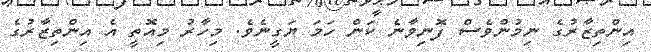
އިންތިޒާރުގެ ނިމުންވެސް ފޮނިވާނެ ކަން ހަމަ ޔަގީނެވެ. މިހާރު މިއޮތީ އެ އިންތިޒާރުގެ